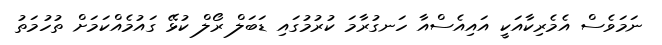
ނަމަވެސް އެމެރިކާއަކީ އައިއެސްއާ ހަނގުރާމަ ކުރުމުގައި ޑަބަލް ރޯލް ކުޅޭ ގައުމެއްކަމަށް ތުހުމަތު